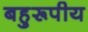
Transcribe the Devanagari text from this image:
बहुरूपीय